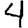
Digit: 4